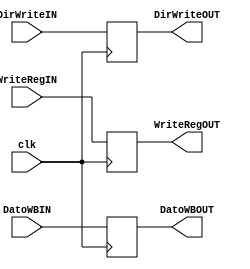
module PipeWB(
    input clk,

	 input WriteRegIN,
	 
	 input [31:0] DatoWBIN,
	 input [4:0] DirWriteIN,
	 
	 //-------------------------
	 output WriteRegOUT,
	 
	 output [31:0] DatoWBOUT,
	 output [4:0] DirWriteOUT
);

	 reg WriteRegTMP;
	 
	 reg [31:0] DatoWBTMP;
	 reg [4:0] DirWriteTMP;

always @(posedge clk)
begin
	 
	 WriteRegTMP = WriteRegIN;
	 
	 DatoWBTMP = DatoWBIN;
	 DirWriteTMP = DirWriteIN;
end

	 assign WriteRegOUT = WriteRegTMP;
	 
	 assign DatoWBOUT = DatoWBTMP;
	 assign DirWriteOUT = DirWriteTMP;
	 
endmodule